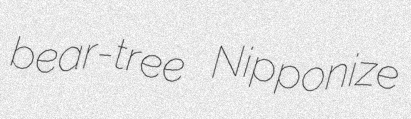
bear-tree Nipponize